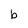
Character: b